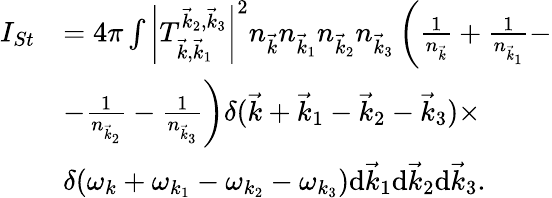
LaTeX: \begin{array}{rl}{I_{St}}&{=4\pi\int\left|T_{\vec{k},\vec{k}_{1}}^{\vec{k}_{2},\vec{k}_{3}}\right|^{2}n_{\vec{k}}n_{\vec{k}_{1}}n_{\vec{k}_{2}}n_{\vec{k}_{3}}\left(\frac{1}{n_{\vec{k}}}+\frac{1}{n_{\vec{k}_{1}}}-\right.}\\ &{\left.-\frac{1}{n_{\vec{k}_{2}}}-\frac{1}{n_{\vec{k}_{3}}}\right)\delta(\vec{k}+\vec{k}_{1}-\vec{k}_{2}-\vec{k}_{3})\times}\\ &{\delta(\omega_{k}+\omega_{k_{1}}-\omega_{k_{2}}-\omega_{k_{3}})\mathrm d\vec{k}_{1}\mathrm d\vec{k}_{2}\mathrm d\vec{k}_{3}.}\end{array}